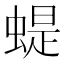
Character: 蝭